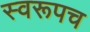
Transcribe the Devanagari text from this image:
स्वरूपच